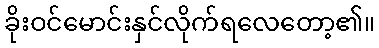
ခိုးဝင်မောင်းနှင်လိုက်ရလေတော့၏။